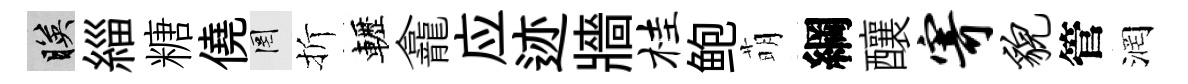
映緇糖僥罔折轣龕应迹牆桂鲍萌綱釀寄貌管润